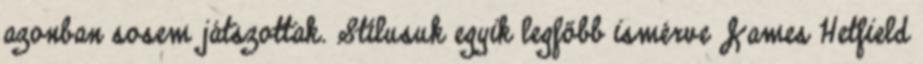
azonban sosem játszottak. Stílusuk egyik legfőbb ismérve James Hetfield